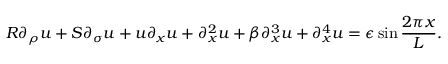
R \partial _ { \rho } u + S \partial _ { \sigma } u + u \partial _ { x } u + \partial _ { x } ^ { 2 } u + \beta \partial _ { x } ^ { 3 } u + \partial _ { x } ^ { 4 } u = \epsilon \sin { \frac { 2 \pi x } { L } } .